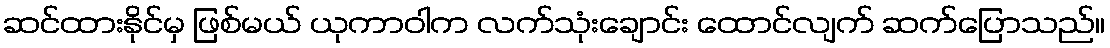
ဆင်ထားနိုင်မှ ဖြစ်မယ် ယုကာဝါက လက်သုံးချောင်း ထောင်လျက် ဆက်ပြောသည်။